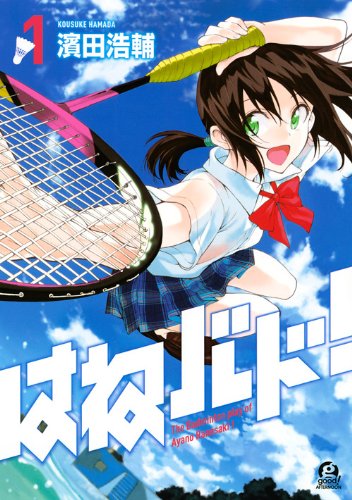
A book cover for Hane Badminton! [1]; Kosuke Hamada; Sports & Outdoors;